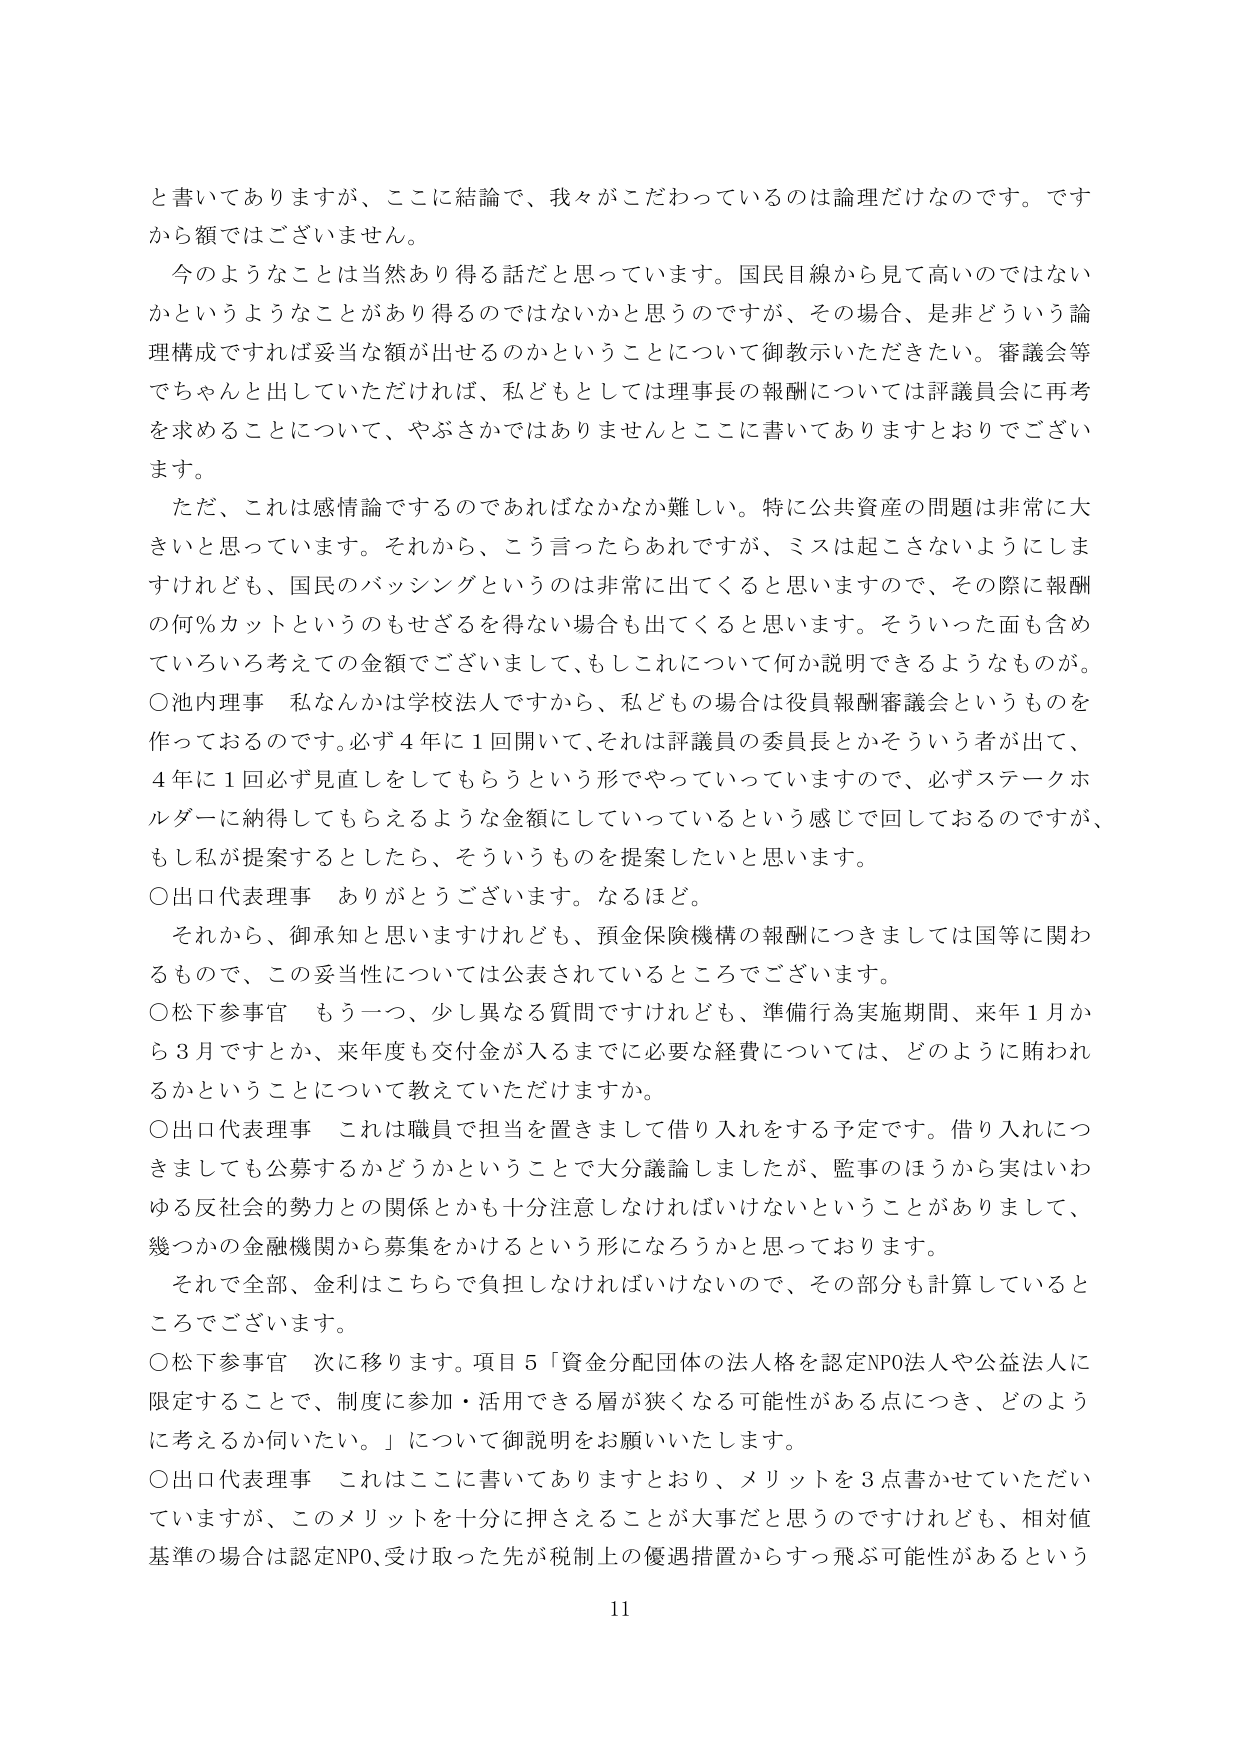
と書いてありますが、ここに結論で、我々がこだわっているのは論理だけなのです。ですから額ではございません。

今のようなことは当然あり得る話だと思います。国民目線から見て高いのではない かというようなことがあり得るのではないかと思うのですが、その場合、是非どういう論理構成ですれば妥当な額が出せるのかということについて御教示いただきたい。審議会等でちゃんと出していただければ、私どもとしては理事長の報酬については評議員会に再考を求めることについて、やぶさかではありませんとここに書いてありますとおりでございます。

ただ、これは感情論ですのであればなかなか難しい。特に公共資産の問題は非常に大きいと思っています。それから、こう言ったらあれですが、ミスは起こさないようにしますけれども、国民のバッシングというのは非常に出てくると思いますので、その際に報酬の何％カットというのもせざるを得ない場合も出てくると思います。そういった面も含めていろいろ考えての金額でございまして、もしこれについて何か説明できるようなものが。

○池内理事　私なんかは学校法人ですから、私どもの場合は役員報酬審議会というものを作っておるのです。必ず4年に1回開いて、それは評議員の委員長とかそういう者が出て、4年に1回必ず見直しをしてもらうという形でやっていっていますので、必ずステークホルダーに納得してもらえるような金額にしていっているという感じで回しておるのですが、もし私が提案するとしたら、そういうものを提案したいと思います。

○出口代表理事　ありがとうございます。なるほど。

それから、御承知と思いますけれども、預金保険機構の報酬につきましては国等に関わるもので、この妥当性については公表されているところでございます。

○松下参事官　もう一つ、少し異なる質問ですけれども、準備行為実施期間、来年1月から3月ですとか、来年度も交付金が入るまでに必要な経費については、どのように賄われるかということについて教えていただけますか。

○出口代表理事　これは職員で担当を置きまして借り入れをする予定です。借り入れにつきましても公募するかどうかということで大分議論しましたが、監事のほうから実はいわゆる反社会的勢力との関係とかも十分注意しなければいけないということがありまして、幾つかの金融機関から募集をかけるという形になろうかと思っております。

それと全部、金利はこちらで負担しなければいけないので、その部分も計算しているところでございます。

○松下参事官　次に移ります。項目5「資金分配団体の法人格を認定NPO法人や公益法人に限定することで、制度に参加・活用できる層が狭くなる可能性がある点につき、どのように考えるか伺いたい。」について御説明をお願いいたします。

○出口代表理事　これはここに書いてありますとおり、メリットを3点書かせていただいていますが、このメリットを十分に押さえることが大事だと思うのですけれども、相対値基準の場合は認定NPO、受け取った先が税制上の優遇措置からすっ飛ぶ可能性があるという

11